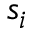
s _ { i }